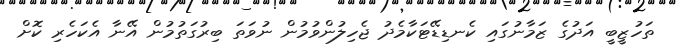
ތަހުޒީބީ އަދުގެ ޒަމާނުގައި ކެނޑިޑޭޓަކާމެދު ޖެހިލުންވުމުން ނުވަތަ ބިރުގަތުމުން އޭނާ އެކަހެރި ކޮށް